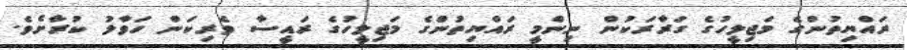
ރައްޔިތުންގެ މަޖިލީހުގެ ގަރާރަކުން ނިންމީ ރައްޔިތުންގެ މަޖިލީހުގެ ރައީސާ ވެރިކަން ހަވާލު ކުރާށެވެ.